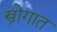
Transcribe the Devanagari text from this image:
स्त्रोगात